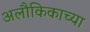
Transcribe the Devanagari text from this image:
अलौकिकाच्या